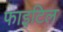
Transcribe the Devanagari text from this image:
फाइटिल